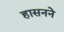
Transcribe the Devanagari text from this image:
हासनने